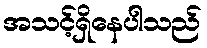
အသင့်ရှိနေပါသည်